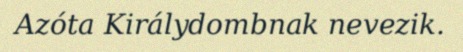
Azóta Királydombnak nevezik.